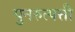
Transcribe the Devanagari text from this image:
पुनरुत्पत्ती